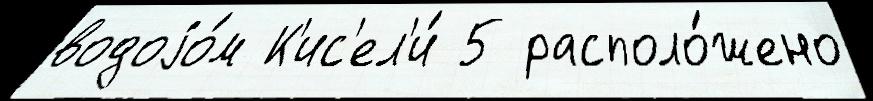
водоjо́м К'ис'ел'и́ 5 располо́жено